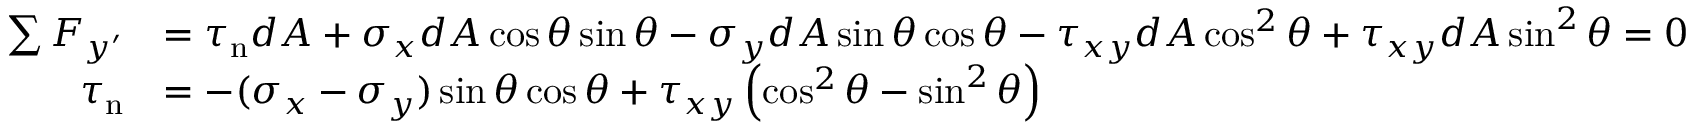
\ { \begin{array} { r l } { \sum F _ { y ^ { \prime } } } & { = \tau _ { \mathrm { n } } d A + \sigma _ { x } d A \cos \theta \sin \theta - \sigma _ { y } d A \sin \theta \cos \theta - \tau _ { x y } d A \cos ^ { 2 } \theta + \tau _ { x y } d A \sin ^ { 2 } \theta = 0 } \\ { \tau _ { \mathrm { n } } } & { = - ( \sigma _ { x } - \sigma _ { y } ) \sin \theta \cos \theta + \tau _ { x y } \left( \cos ^ { 2 } \theta - \sin ^ { 2 } \theta \right) } \end{array} }